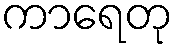
ကာရေတု